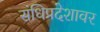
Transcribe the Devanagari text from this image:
संधिप्रदेशावर